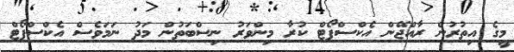
މީގެ އިތުރުން ރާއްޖޭން އެކްސްޕޯޓް ކުރާ މިންވަރު ނިސްބަތުން މަދު ނަމަވެސް އެކްސްޕޯޓް